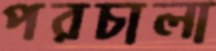
পরচালা